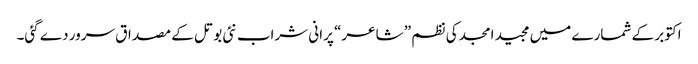
اکتوبر کے شمارے میں مجید امجد کی نظم ” شاعر“ پرانی شراب نئی بوتل کے مصداق سرور دے گئی۔